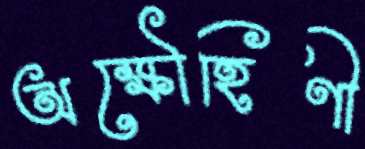
অক্ষৌহিণী